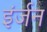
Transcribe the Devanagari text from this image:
इंर्जन